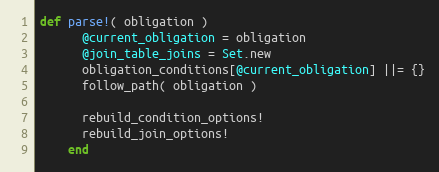
Language: Ruby
def parse!( obligation )
      @current_obligation = obligation
      @join_table_joins = Set.new
      obligation_conditions[@current_obligation] ||= {}
      follow_path( obligation )

      rebuild_condition_options!
      rebuild_join_options!
    end